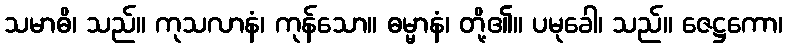
သမာဓိ၊ သည်။ ကုသလာနံ၊ ကုန်သော။ ဓမ္မာနံ၊ တို့၏။ ပမုခေါ၊ သည်။ ဇေဋ္ဌကော၊